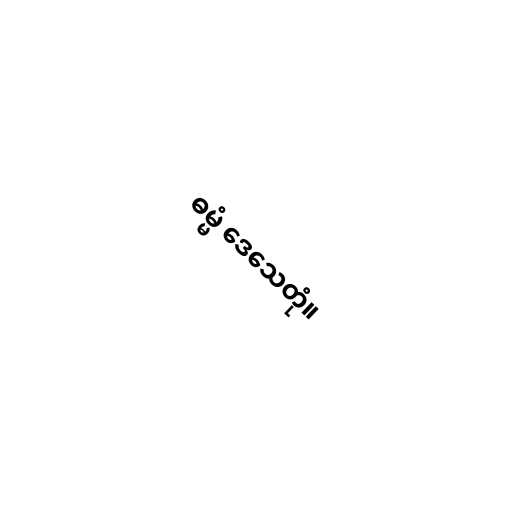
ဓမ္မံ ဒေသေတုံ။